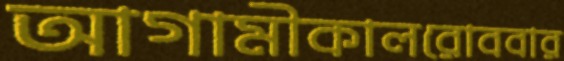
আগামীকালরোববার